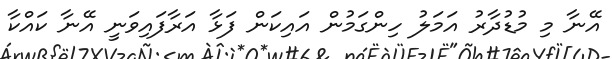
އޭނާ މި މުޑުދާރު އަމަލު ހިންގަމުން އައިކަން ފަޅާ އަރާފައިވަނީ އޭނާ ކައްކާ